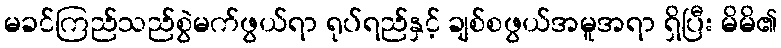
မခင်ကြည်သည်စွဲမက်ဖွယ်ရာ ရုပ်ရည်နှင့် ချစ်စဖွယ်အမူအရာ ရှိပြီး မိမိ၏